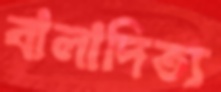
বালাদিত্য